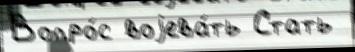
Вопро́с воjева́ть Стать